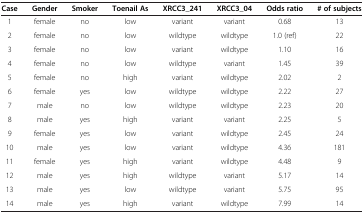
| Case | Gender | Smoker | Toenail As | XRCC3_241 | XRCC3_04 | Odds ratio | # of subjects |
 | --- | --- | --- | --- | --- | --- | --- | --- |
 | 1 | female | no | low | variant | variant | 0.68 | 13 |
 | 2 | female | no | low | wildtype | wildtype | 1.0 (ref) | 22 |
 | 3 | female | no | low | variant | wildtype | 1.10 | 16 |
 | 4 | female | no | low | wildtype | variant | 1.45 | 39 |
 | 5 | female | no | high | variant | wildtype | 2.02 | 2 |
 | 6 | female | yes | low | wildtype | wildtype | 2.22 | 27 |
 | 7 | male | no | low | wildtype | wildtype | 2.23 | 20 |
 | 8 | male | yes | high | variant | variant | 2.25 | 5 |
 | 9 | female | yes | low | variant | wildtype | 2.45 | 24 |
 | 10 | male | yes | low | variant | wildtype | 4.36 | 181 |
 | 11 | female | yes | high | variant | wildtype | 4.48 | 9 |
 | 12 | male | yes | high | wildtype | variant | 5.17 | 14 |
 | 13 | male | yes | low | wildtype | variant | 5.75 | 95 |
 | 14 | male | yes | high | variant | wildtype | 7.99 | 14 |